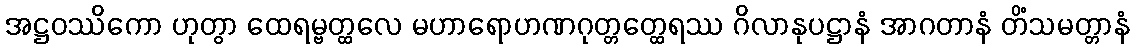
အဋ္ဌဝဿိကော ဟုတွာ ထေရမ္ဗတ္ထလေ မဟာရောဟဏဂုတ္တတ္ထေရဿ ဂိလာနုပဋ္ဌာနံ အာဂတာနံ တိံသမတ္တာနံ